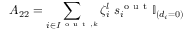
A _ { 2 2 } = \sum _ { i \in I ^ { \mathrm { ~ o ~ u ~ t ~ } , k } } \zeta _ { i } ^ { l } \; s _ { i } ^ { \mathrm { ~ o ~ u ~ t ~ } } \mathbb { I } _ { ( d _ { i } = 0 ) }